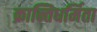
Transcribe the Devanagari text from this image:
क्रान्तिधर्मिता